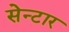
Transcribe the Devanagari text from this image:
सेन्टार